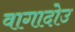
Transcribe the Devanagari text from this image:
वागादोउ